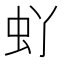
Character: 𫊦